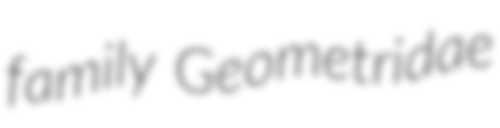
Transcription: family Geometridae